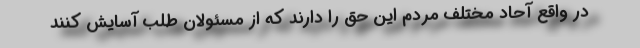
در واقع آحاد مختلف مردم این حق را دارند که از مسئولان طلب آسایش کنند